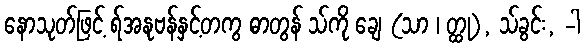
နောသုတ်ဖြင့် ရ်အနုဗန်နှင့်တကွ ဓာတွန် သ်ကို ချေ (သာ ၊ တ္ထု), သ်ခွင်း, -ါ